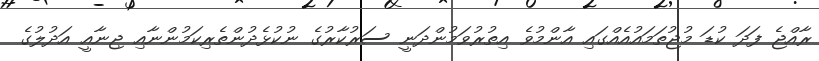
ރާއްޖެ ފަދަ ކުޑަ މުޖުތަމައުއެއްގައި އާންމުވެ އިތުރުވަމުންދަނީ ސަރުކާރުގެ ނުކުޅެދުންތެރިކަމުންނާއި ޖިނާއީ އަދުލުގެ